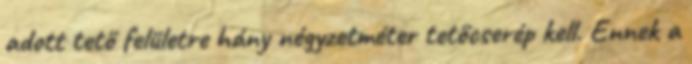
adott tető felületre hány négyzetméter tetőcserép kell. Ennek a